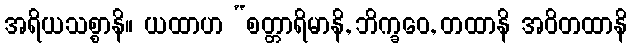
အရိယသစ္စာနိ။ ယထာဟ “စတ္တာရိမာနိ, ဘိက္ခဝေ, တထာနိ အဝိတထာနိ